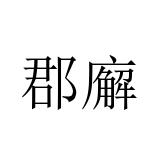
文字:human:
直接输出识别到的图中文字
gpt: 郡廨